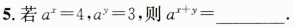
5.若$$a ^ { x } = 4$$，$$a ^ { y } = 3$$，则$$a ^ { x + y } =$$___.